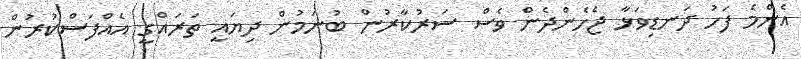
އެންމެ ފަހު ދަނޑިވަޅާ ޖެހެންދެން ވެސް ސަރުކާރުން ބުނަމުން ދިޔައީ ތަރައްގީ އެއްފަސްކުރުން